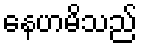
နေဟမိသည်